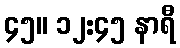
၄၅။ ၁၂:၄၅ နာရီ